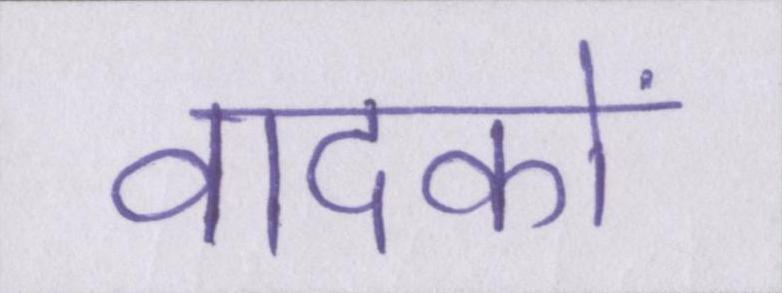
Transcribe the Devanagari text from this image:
वादकों